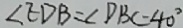
\angle E D B = \angle D B C = 4 0 ^ { \circ }